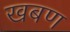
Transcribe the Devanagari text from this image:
खबण